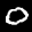
Label: 0